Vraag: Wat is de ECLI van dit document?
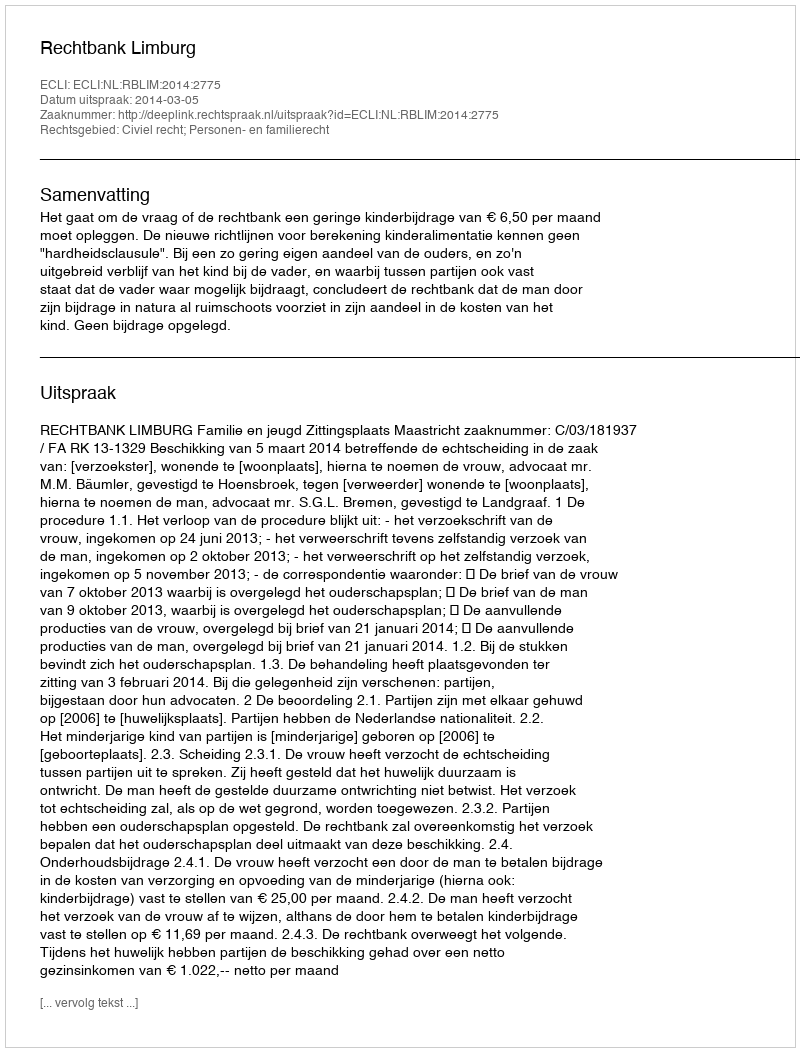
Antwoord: ECLI:NL:RBLIM:2014:2775